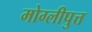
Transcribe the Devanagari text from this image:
मोग्लीपुत्त